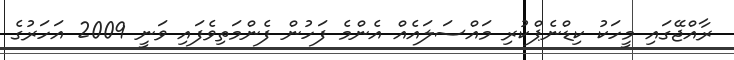
ރާއްޖޭގައި މީހަކު ކިޑްނެޕްކުރި މައްސަލައެއް އެންމެ ފަހުން ފެންމަތިވެފައި ވަނީ 2009 އަހަރުގެ